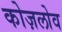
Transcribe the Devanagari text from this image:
कोज़लोव